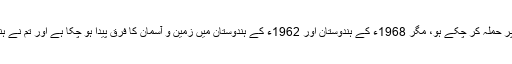
انہوں نے چین کو آگاہ کیا ہے کہ تم 1962ء میں ہندوستان پر حملہ کر چکے ہو، مگر 1968ء کے ہندوستان اور 1962ء کے ہندوستان میں زمین و آسمان کا فرق پیدا ہو چکا ہے اور تم نے ہندوستان پر حملہ کیا، تو تمہیں اس کا خمیازہ بھگتنا پڑے گا۔